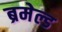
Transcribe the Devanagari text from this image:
ब्रमेल्ड